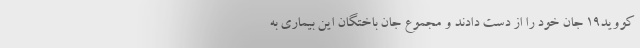
کووید۱۹ جان خود را از دست دادند و مجموع جان باختگان این بیماری به